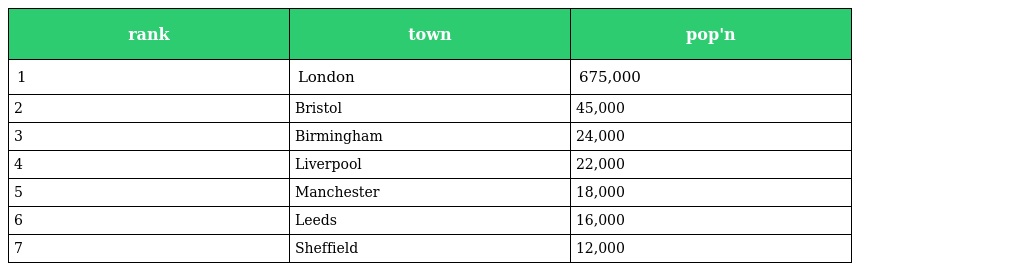
| rank | town | pop'n |
 | --- | --- | --- |
 | 1 | London | 675,000 |
 | 2 | Bristol | 45,000 |
 | 3 | Birmingham | 24,000 |
 | 4 | Liverpool | 22,000 |
 | 5 | Manchester | 18,000 |
 | 6 | Leeds | 16,000 |
 | 7 | Sheffield | 12,000 |